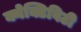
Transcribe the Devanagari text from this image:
क्नेक्टिविटी